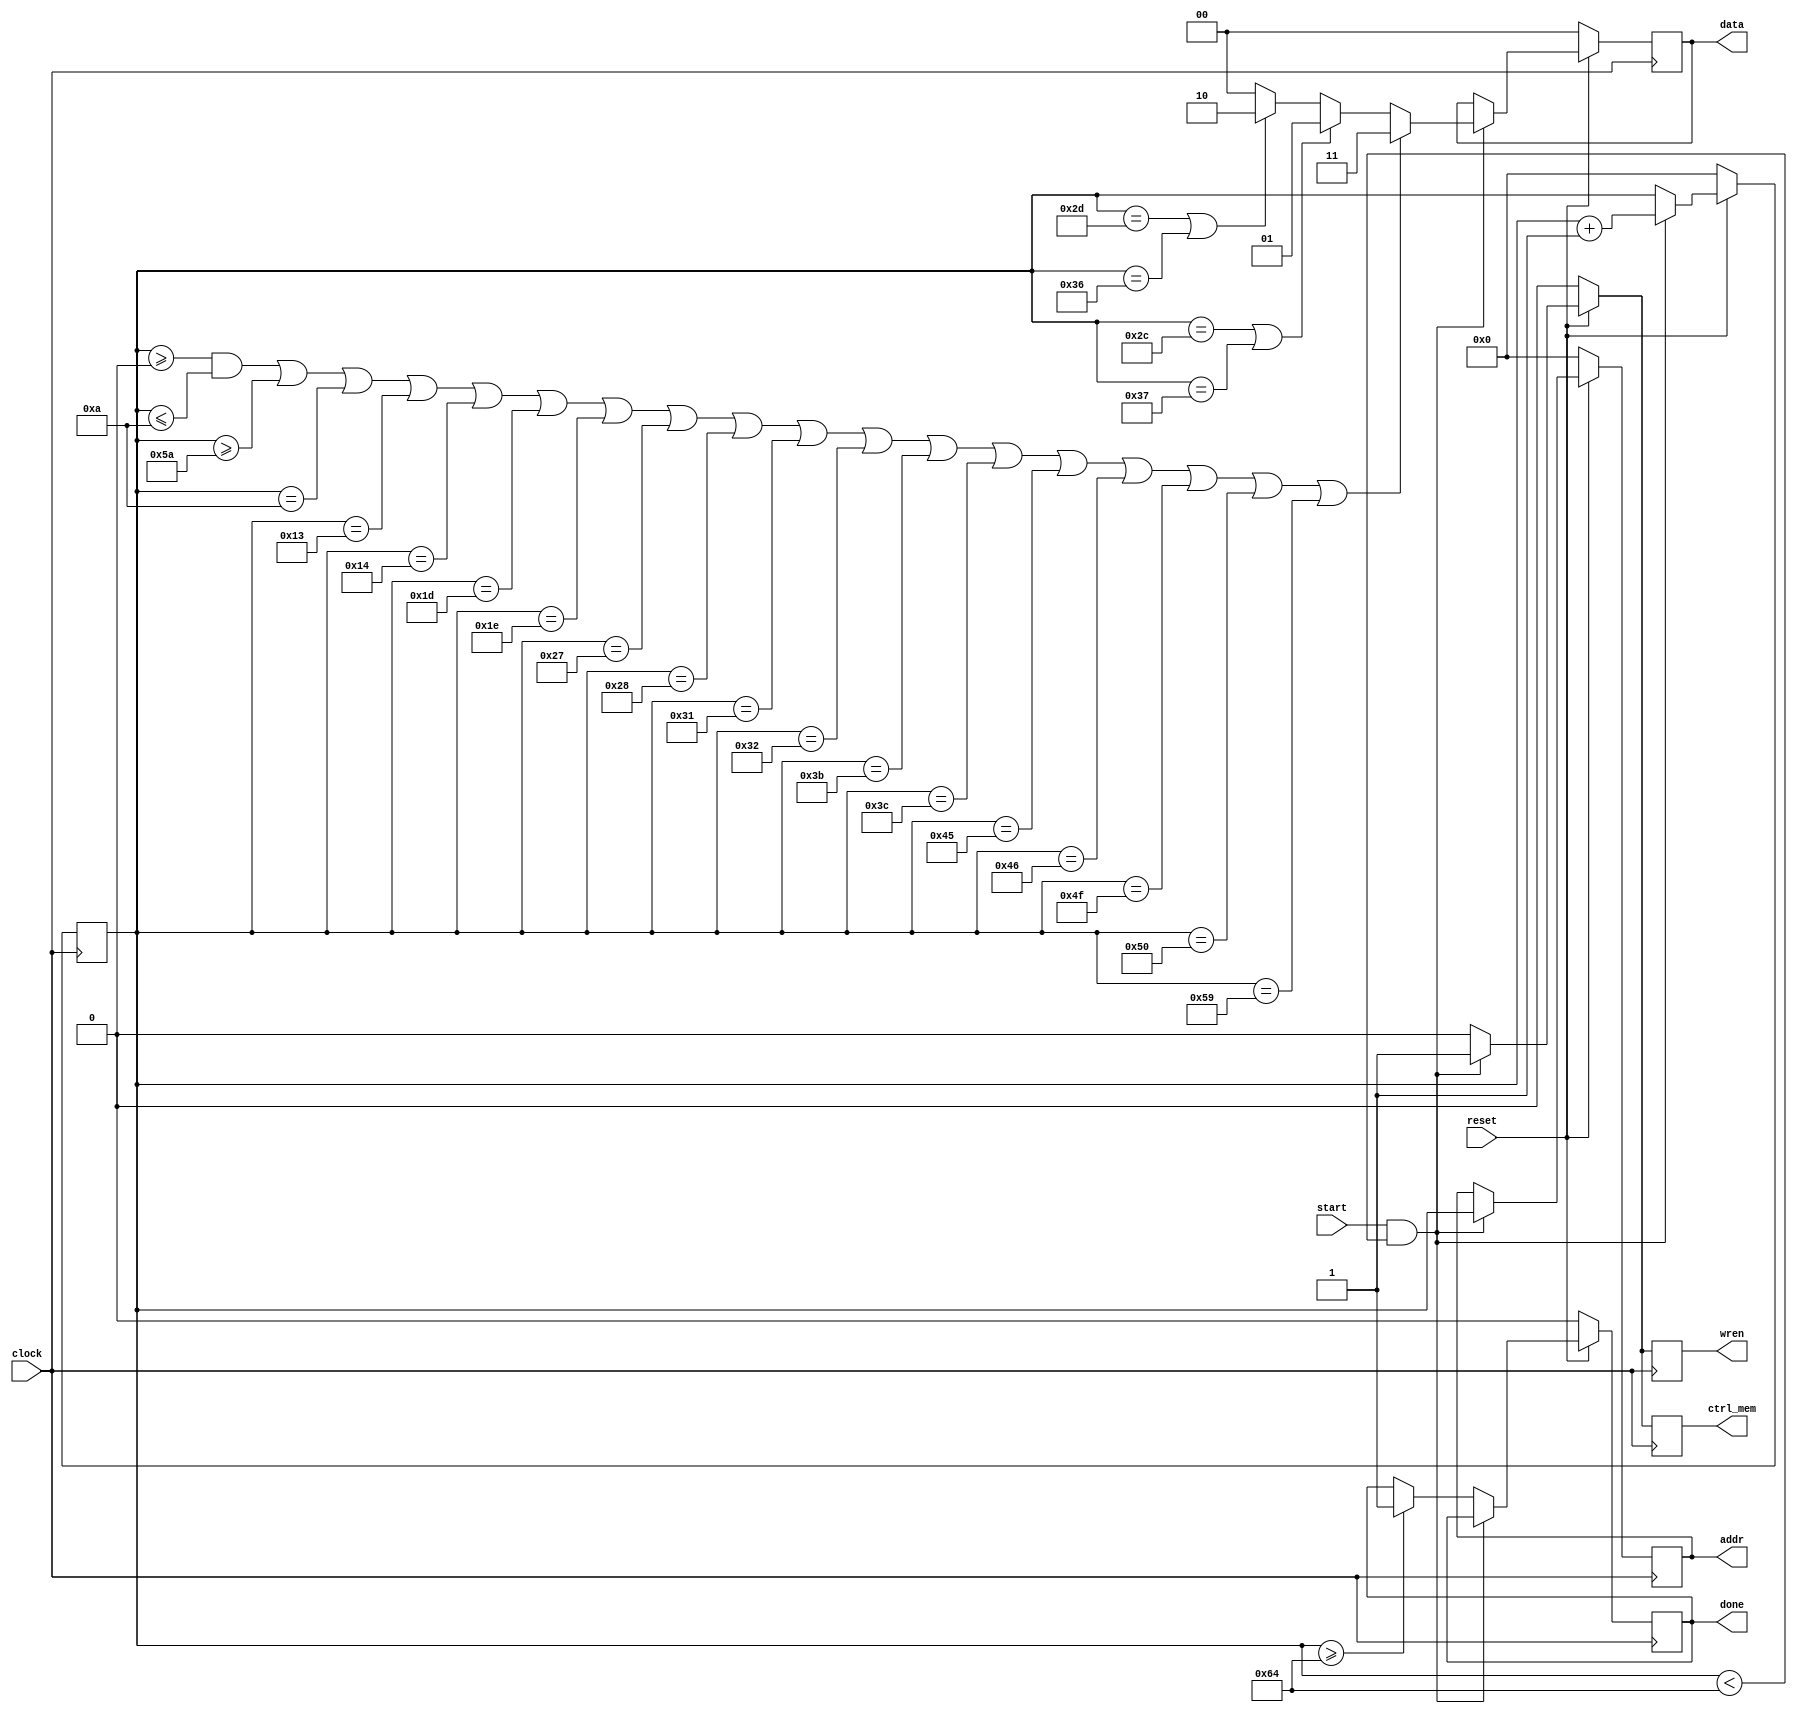
module initializer(
    input clock,
    input reset,
    input start,
    output reg done,
    output reg ctrl_mem,
    output reg [6:0] addr,
    output reg [1:0] data,
    output reg wren
);

reg [6:0] counter;

always @(posedge clock) begin
    if (!reset) begin
        counter <= 7'b0;
        addr = 7'b0;
        data = 2'b0;
        wren = 0;
        done = 0;
        ctrl_mem = 0;
    end
    else begin
        if (start && counter < 7'b1100100) begin
            ctrl_mem = 1;
            wren = 1;
            addr = counter;
            if ((counter >= 7'b0 && counter <= 7'b1010) || counter >= 7'b1011010 || counter == 7'b1010 || counter == 7'b10011 || counter == 7'b10100 || counter == 7'b11101 || counter == 7'b11110 || counter == 7'b100111 || counter == 7'b101000 || counter == 7'b110001 || counter == 7'b110010 || counter == 7'b111011 || counter == 7'b111100 || counter == 7'b1000101 || counter == 7'b1000110 || counter == 7'b1001111 || counter == 7'b1010000 || counter == 7'b1011001)
                data = 2'b11;
            else begin
                if (counter == 7'b101100 || counter == 7'b110111)
                    data = 2'b01;
                else begin
                    if (counter == 7'b101101 || counter == 7'b110110)
                        data = 2'b10;
                    else
                        data = 2'b00;
                end
            end  
            counter <= counter + 1;
        end
        else begin
            wren = 0;
            ctrl_mem = 0;
            if (counter >= 7'b1100100)
                done = 1;
        end
    end
end

endmodule // initializer